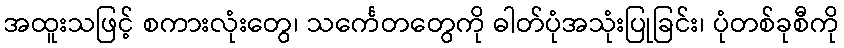
အထူးသဖြင့် စကားလုံးတွေ၊ သင်္ကေတတွေကို ဓါတ်ပုံအသုံးပြုခြင်း၊ ပုံတစ်ခုစီကို